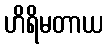
ဟိရိမတာယ